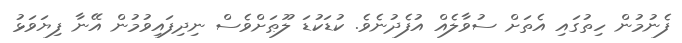
ފެނުމުން ހިތުގައި އެތަށް ސުވާލެއް އުފެދުނެވެ. ކުޑަކުޑަ ލޫޠަށްވެސް ނިދިފައިވުމުން އޭނާ ފިޔަވަޅު